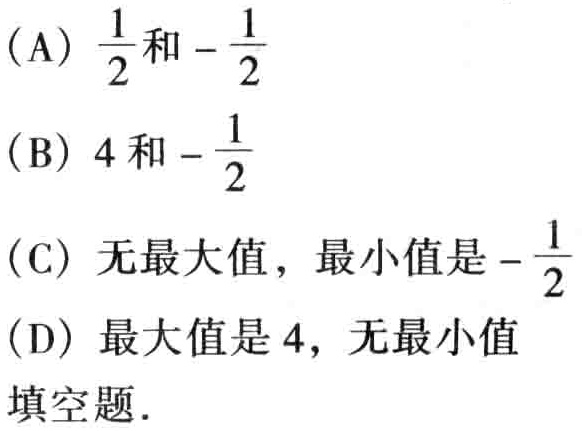
(A) $\frac{1}{2}和-\frac{1}{2}$
(B) $4和-\frac{1}{2}$
(C) 无最大值，最小值是$-\frac{1}{2}$
(D) 最大值是$4$，无最小值
填空题.